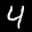
Label: 4